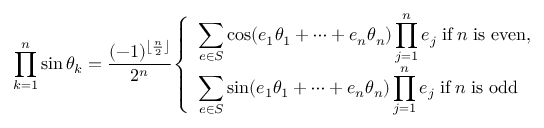
\prod _ { k = 1 } ^ { n } \sin \theta _ { k } = { \frac { ( - 1 ) ^ { \left\lfloor { \frac { n } { 2 } } \right\rfloor } } { 2 ^ { n } } } { \left\{ \begin{array} { l l } { \displaystyle \sum _ { e \in S } \cos ( e _ { 1 } \theta _ { 1 } + \cdots + e _ { n } \theta _ { n } ) \prod _ { j = 1 } ^ { n } e _ { j } \; { \mathrm { i f } } \; n \; { \mathrm { i s ~ e v e n } } , } \\ { \displaystyle \sum _ { e \in S } \sin ( e _ { 1 } \theta _ { 1 } + \cdots + e _ { n } \theta _ { n } ) \prod _ { j = 1 } ^ { n } e _ { j } \; { \mathrm { i f } } \; n \; { \mathrm { i s ~ o d d } } } \end{array} \right. }